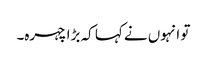
تو انہوں نے کہا کہ بڑا چہرہ۔